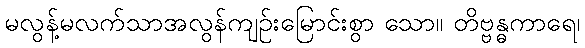
မလွန့်မလက်သာအလွန်ကျဉ်းမြောင်းစွာ သော။ တိဗ္ဗန္ဓကာရေ၊